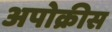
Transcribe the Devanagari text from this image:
अपोक्रीस